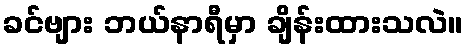
ခင်ဗျား ဘယ်နာရီမှာ ချိန်းထားသလဲ။